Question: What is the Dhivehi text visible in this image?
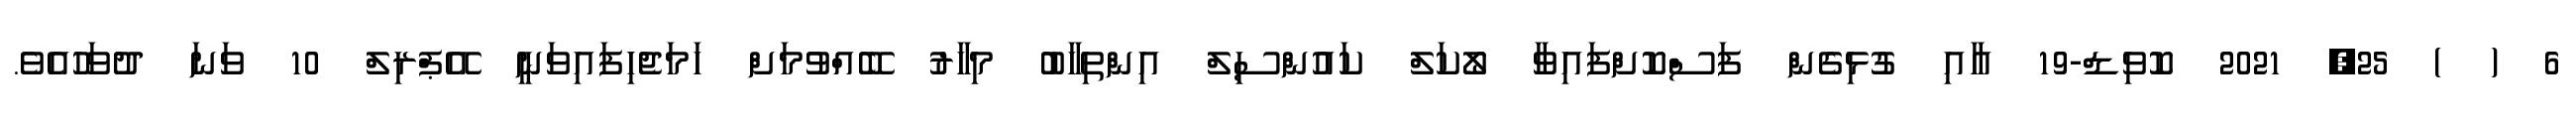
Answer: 6 ( ) 25, 2021 ކޮވިޑް-19 އާއި ގުޅިގެން ފަސްކޮށްފައިވާ ލޯކަލް ކައުންސިލް އިންތިހާބު މިހާރު ބޭއްވުމަށް ހަމަޖެހިފައިވަނީ އޭޕްރިލް 10 ވަނަ ދުވަހުއެވެ.